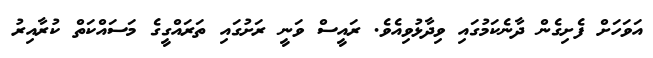
އަވަހަށް ފެށިގެން ދާނެކަމުގައި ވިދާޅުވިއެވެ. ރައީސް ވަނީ ރަށުގައި ތަރައްގީގެ މަސައްކަތް ކުރާއިރު